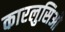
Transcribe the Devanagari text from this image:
कारलुसिओ